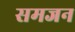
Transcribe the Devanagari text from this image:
समजन